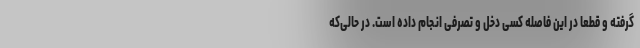
گرفته و قطعاً در این فاصله کسی دخل و تصرفی انجام داده است. در حالی‌که